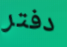
دفتر